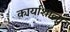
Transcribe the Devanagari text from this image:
कार्याशाला